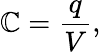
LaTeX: \mathbb{C}={\frac{{q}}{{V}}},